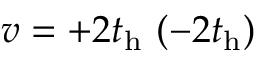
v = + 2 t _ { \mathrm { h } } \ ( - 2 t _ { \mathrm { h } } )